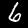
Digit: 6